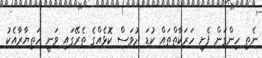
ނެތި ހިންގަން ފެށި ހަރަކާތްތައް ކުޑަ ދުވަސް ކޮޅެއްގެ ތެރޭގައި ވަނީ ހަތިޔާރާއެކު